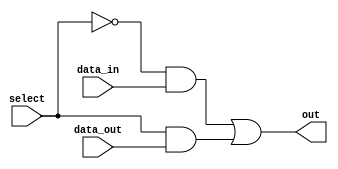
`timescale 1ns / 1ps
//////////////////////////////////////////////////////////////////////////////////
// Company: 
// Engineer: 
// 
// Design Name: 
// Module Name: 2_1x8
// Project Name: 
// Target Devices: 
// Tool Versions: 
// Description: 
// 
// Dependencies: 
// 
// Revision:
// Revision 0.01 - File Created
// Additional Comments:
// 
//////////////////////////////////////////////////////////////////////////////////


module m2_1(
    input data_in,
    input data_out,
    input select,
    output out
    );
    
    // created a mux to select either data_in or data_out depending on the select
    // select represents reset being high so data_in gets shoved as the input to the flip-flop's
    assign out = (~select & data_in) | (select & data_out);
    
endmodule